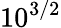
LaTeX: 10^{3/2}